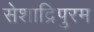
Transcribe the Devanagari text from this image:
सेशाद्रिपुरम